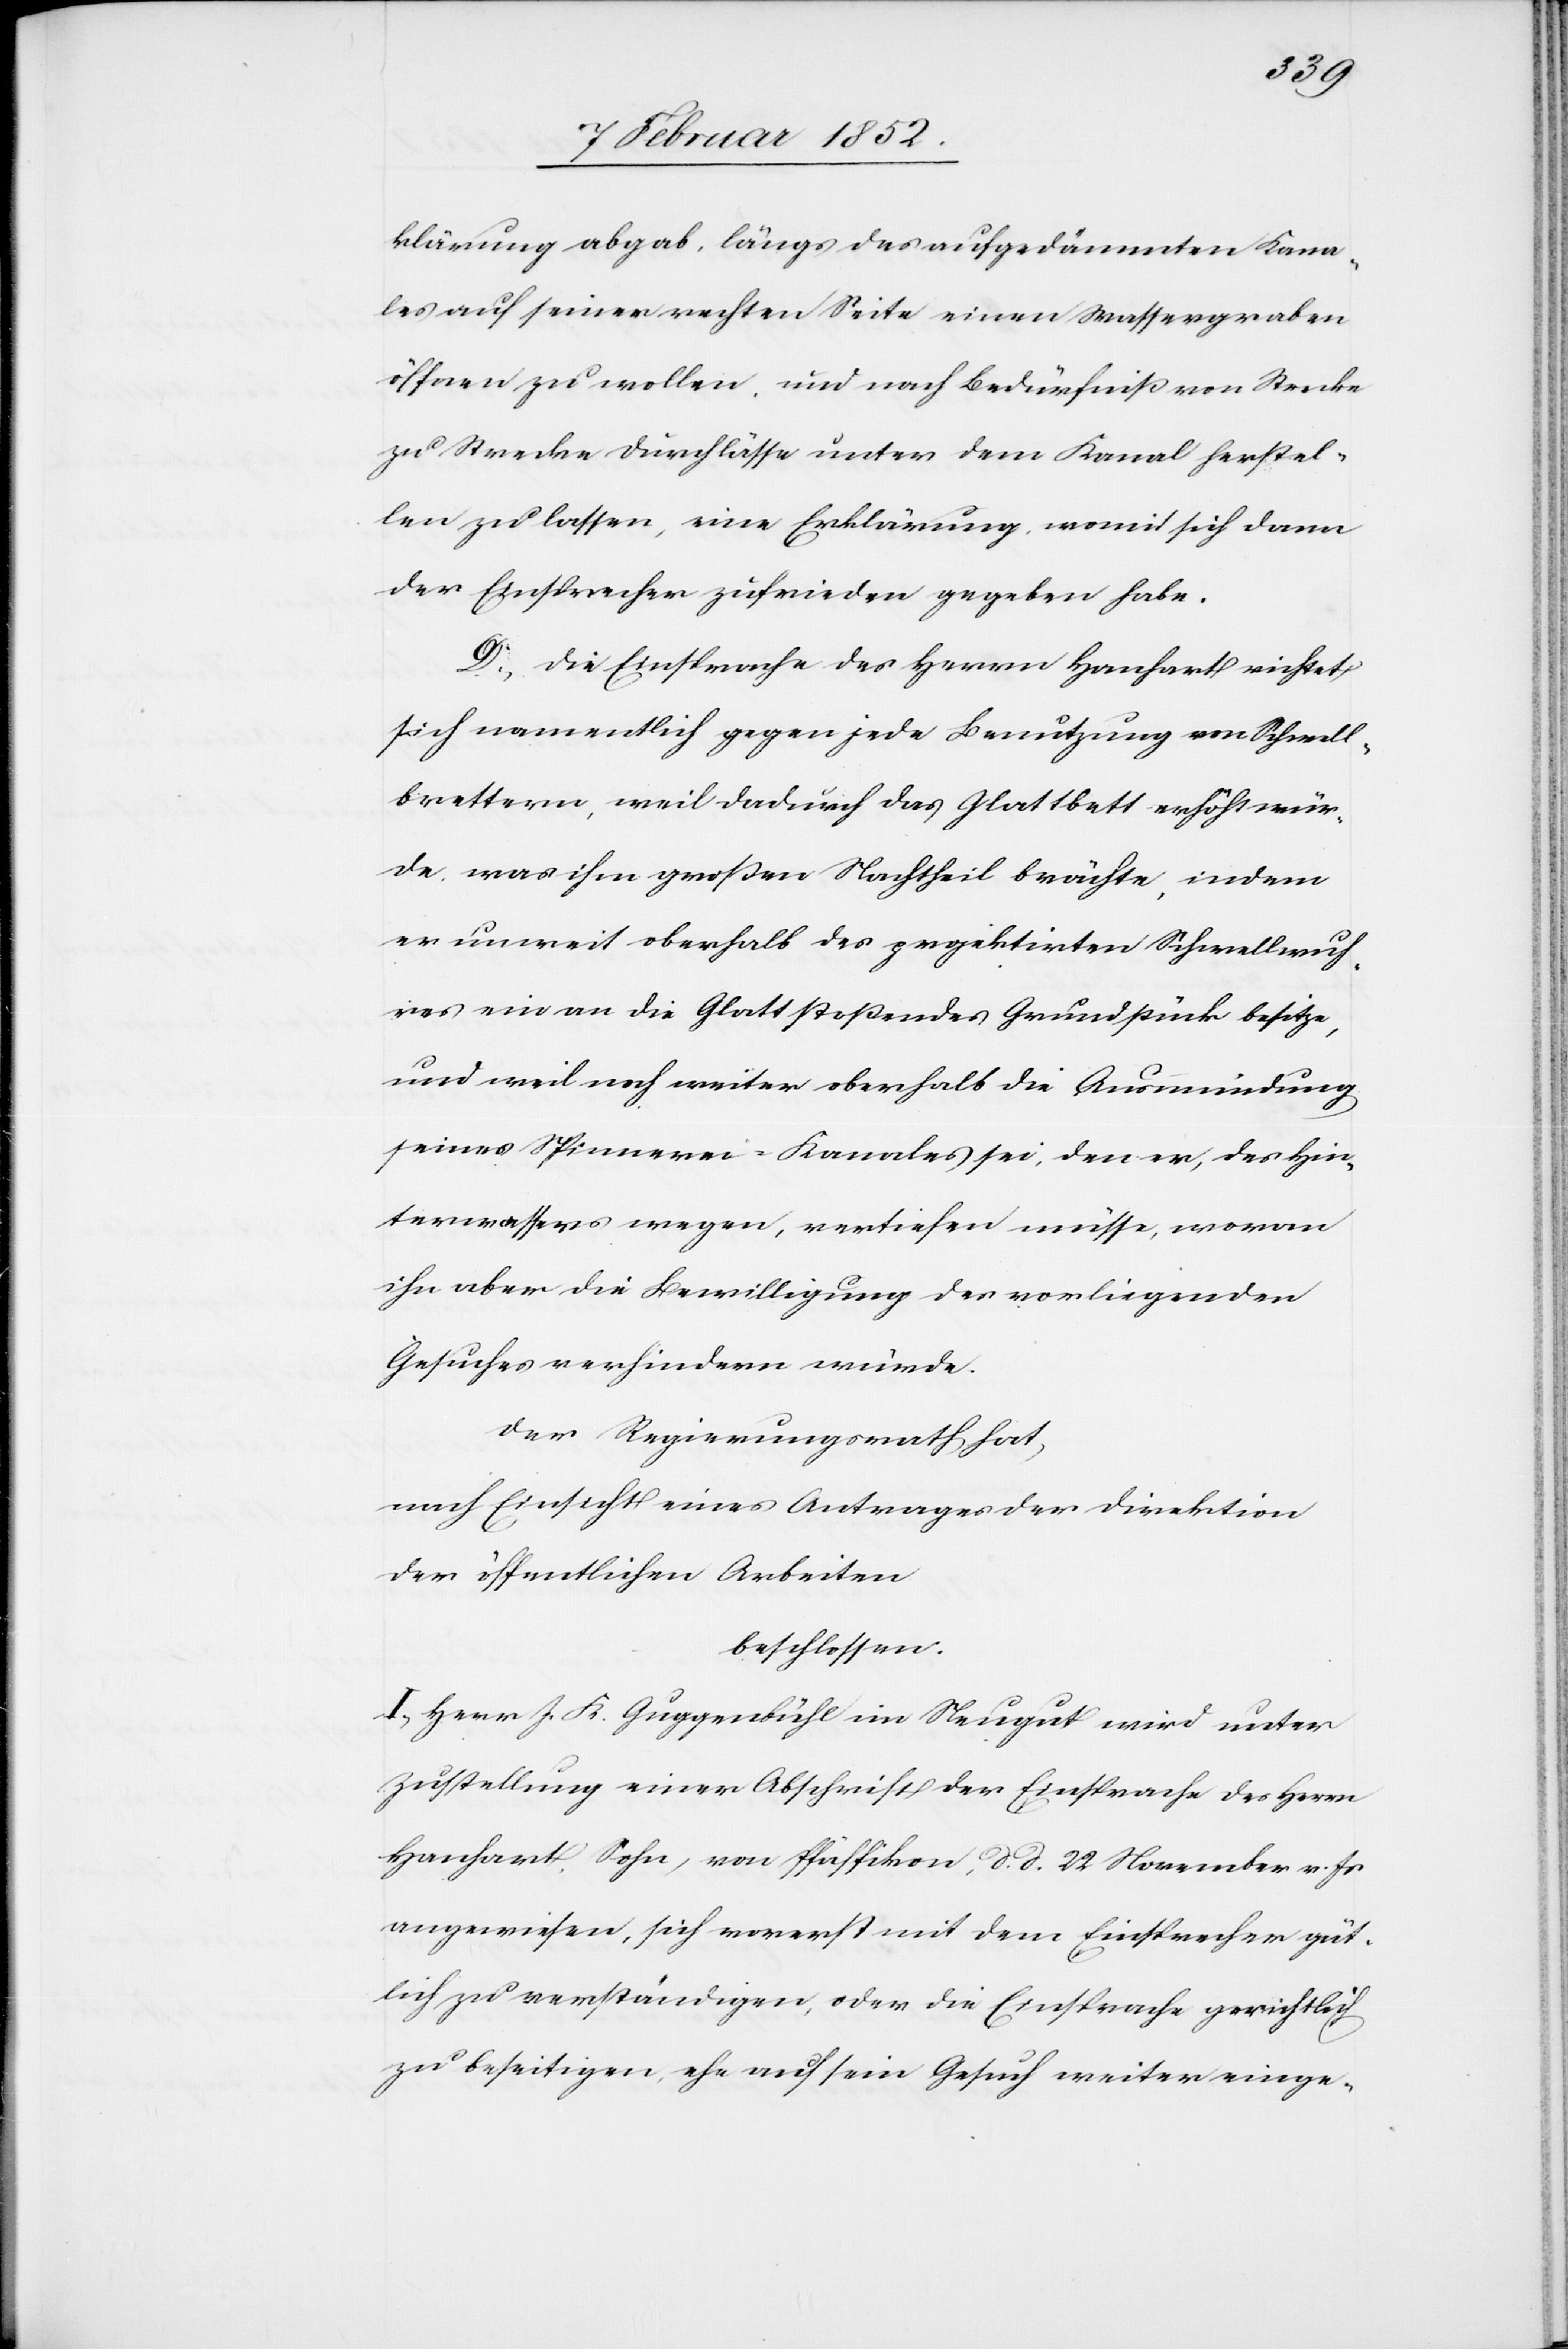
klärung abgab, längs des aufgedämmten Kana¬
les auf seiner rechten Seite einen Wassergraben
öffnen zu wollen und nach Bedürfniß von Strecke
zu Strecke Durchlässe unter dem Kanal herstel¬
len zu lassen, eine Erklärung, womit sich dann
der Einsprecher zufrieden gegeben habe.
D.) Die Einsprache des Herrn Hanhart richtet
sich namentlich gegen jede Benutzung von Schwell¬
brettern, weil dadurch das Glattbett erhöht wür¬
de, was ihm großen Nachtheil brächte, indem
er unweit oberhalb des projektirten Schwellwuh¬
res ein an die Glatt stoßendes Grundstück besitze,
und weil noch weiter oberhalb die Ausmündung
seines Spinnerei-Kanales sei, den er, des Hin¬
terwassers wegen, vertiefen müsse, wovon
ihn aber die Bewilligung des vorliegenden
Gesuches verhindern würde.
Der Regierungsrath hat,
nach Einsicht eines Antrages der Direktion
der öffentlichen Arbeiten
beschlossen.
I. Herr J. K. Guggenbühl im Neugut wird unter
Zustellung einer Abschrift der Einsprache des Herrn
Hanhart Sohn, von Pfäffikon d. d. 22 November v. Js
angewiesen, sich vorerst mit dem Einsprecher güt¬
lich zu verständigen, oder die Einsprache gerichtlich
zu beseitigen, ehe auch sein Gesuch weiter einge-